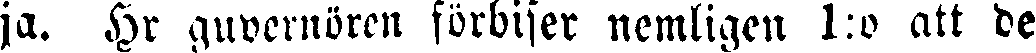
ja. Hr guvernören förbiser nemligen 1:o att de